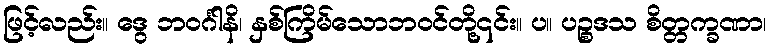
ဖြင့်လည်း။ ဒွေ ဘဝင်္ဂါနိ၊ နှစ်ကြိမ်သောဘဝင်တို့၎င်း။ ပ။ ပဉ္စဒသ စိတ္တက္ခဏာ၊